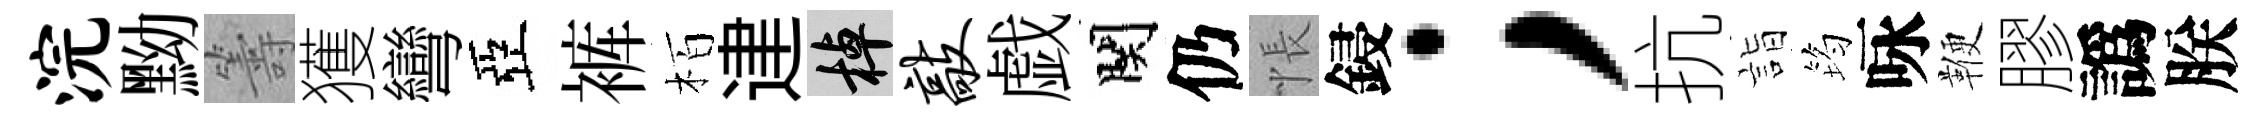
浣黝籌獲彎亞裤栢䢖棹敲戯関仍悵鋟；抗詣筠咏鞭膠譌朕